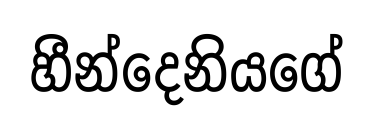
හීන්දෙනියගේ